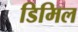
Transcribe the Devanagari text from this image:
डिमिल